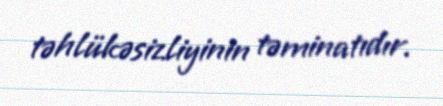
təhlükəsizliyinin təminatıdır.